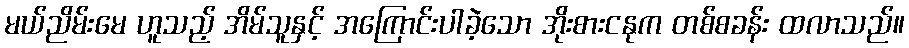
မယ်ညိမ်းမေ ဟူသည့် အိမ်သူနှင့် အကြောင်းပါခဲ့သော အိုးစားငနုက တစ်စခန်း ထလာသည်။